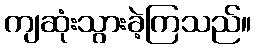
ကျဆုံးသွားခဲ့ကြသည်။